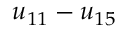
u _ { 1 1 } - u _ { 1 5 }